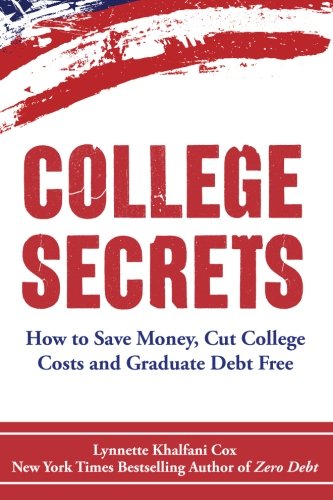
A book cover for College Secrets: How to Save Money, Cut College Costs and Graduate Debt Free; Lynnette Khalfani-Cox; Education & Teaching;